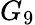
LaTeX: G_{9}